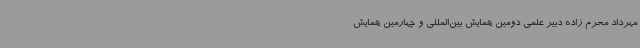
مهرداد محرم زاده دبیر علمی دومین همایش بین‌المللی و چهارمین همایش